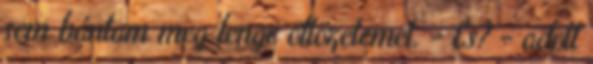
sem bántam meg lenge öltözetemet. - És? - adott